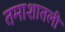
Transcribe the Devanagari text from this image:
तमाशातली